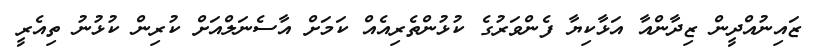
ޒައިނުއްދީން ޒިދާންއާ އަޅާކިޔާ ފެންވަރުގެ ކުޅުންތެރިއެއް ކަމަށް އާސެނަލްއަށް ކުރިން ކުޅުނު ތިއެރީ